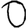
Digit: 0